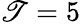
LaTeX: \mathscr{T}=5